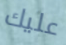
عليك